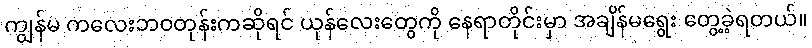
ကျွန်မ ကလေးဘဝတုန်းကဆိုရင် ယုန်လေးတွေကို နေရာတိုင်းမှာ အချိန်မရွေး တွေ့ခဲ့ရတယ်။